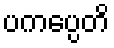
ပကပ္ပေတိ